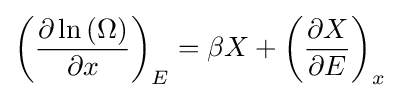
\left({\frac {\partial \ln \left(\Omega \right)}{\partial x}}\right)_{E}=\beta X+\left({\frac {\partial X}{\partial E}}\right)_{x}